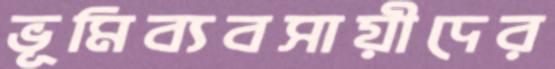
ভূমিব্যবসায়ীদের